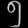
Digit: ၅